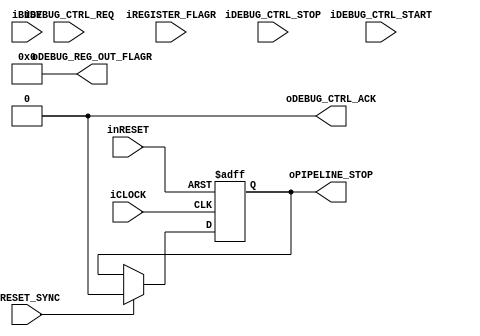
module execute_debugger(
		input wire iCLOCK,
		input wire inRESET,
		input wire iRESET_SYNC,
		//Debugger Port
		input wire iDEBUG_CTRL_REQ,
		input wire iDEBUG_CTRL_STOP,
		input wire iDEBUG_CTRL_START,
		output wire oDEBUG_CTRL_ACK,
		output wire [31:0] oDEBUG_REG_OUT_FLAGR,
		//Pipeline
		output wire oPIPELINE_STOP,
		//Registers
		input wire [4:0] iREGISTER_FLAGR,
		//Busy
		input wire iBUSY
	);

	localparam L_PARAM_DEBUG_IDLE = 2'h0;
	localparam L_PARAM_DEBUG_START_REQ = 2'h1;
	localparam L_PARAM_DEBUG_STOP_REQ = 2'h2;

	//Debugger
	reg [1:0] b_debug_state;
	reg b_debug_stop;
	reg b_debug_cmd_ack;

	//Debug Module Enable
	`ifdef MIST1032ISA_STANDARD_DEBUGGER
		always@(posedge iCLOCK or negedge inRESET)begin
			if(!inRESET)begin
				b_debug_state <= L_PARAM_DEBUG_IDLE;
				b_debug_stop <= 1'b0;
				b_debug_cmd_ack <= 1'b0;
			end
			else if(iRESET_SYNC)begin
				b_debug_state <= L_PARAM_DEBUG_IDLE;
				b_debug_stop <= 1'b0;
				b_debug_cmd_ack <= 1'b0;
			end
			else begin
				case(b_debug_state)
					L_PARAM_DEBUG_IDLE:
						begin
							b_debug_cmd_ack <= 1'b0;
							if(iDEBUG_CTRL_REQ && iDEBUG_CTRL_STOP)begin
								b_debug_state <= L_PARAM_DEBUG_START_REQ;
							end
							else if(iDEBUG_CTRL_REQ && iDEBUG_CTRL_START)begin
								b_debug_state <= L_PARAM_DEBUG_STOP_REQ;
							end
						end
					L_PARAM_DEBUG_START_REQ:
						begin
							b_debug_stop <= 1'b0;
							b_debug_cmd_ack <= 1'b1;
							b_debug_state <= L_PARAM_DEBUG_IDLE;
						end
					L_PARAM_DEBUG_STOP_REQ:
						begin
							if(!iBUSY)begin
								b_debug_stop <= 1'b1;
								b_debug_cmd_ack <= 1'b1;
								b_debug_state <= L_PARAM_DEBUG_IDLE;
							end
						end
				endcase
			end
		end
	`else
		always@(posedge iCLOCK or negedge inRESET)begin
			if(!inRESET)begin
				b_debug_state <= L_PARAM_DEBUG_IDLE;
				b_debug_stop <= 1'b0;
				b_debug_cmd_ack <= 1'b0;
			end
			else if(iRESET_SYNC)begin
				b_debug_state <= L_PARAM_DEBUG_IDLE;
				b_debug_stop <= 1'b0;
				b_debug_cmd_ack <= 1'b0;
			end
			else begin
				b_debug_state <= b_debug_state;
				b_debug_stop <= b_debug_stop;
				b_debug_cmd_ack <= b_debug_cmd_ack;
			end
		end
	`endif

	//Debug Module Enable
	`ifdef MIST1032ISA_STANDARD_DEBUGGER
		assign oDEBUG_CTRL_ACK = b_debug_cmd_ack;
		assign oDEBUG_REG_OUT_FLAGR = {27'h0, iREGISTER_FLAGR};
	`else
	//Disable
		assign oDEBUG_CTRL_ACK = 32'h0;
		assign oDEBUG_REG_OUT_FLAGR = 32'h0;
	`endif


	assign oPIPELINE_STOP = b_debug_stop;


endmodule